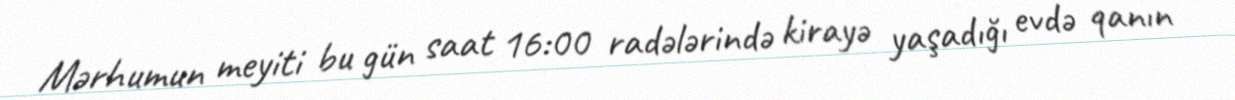
Mərhumun meyiti bu gün saat 16:00 radələrində kirayə yaşadığı evdə qanın